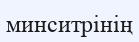
минситрінің